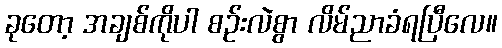
ခုတော့ အချစ်ကိုပါ စဉ်းလဲစွာ လိမ်ညာခံရပြီလေ။